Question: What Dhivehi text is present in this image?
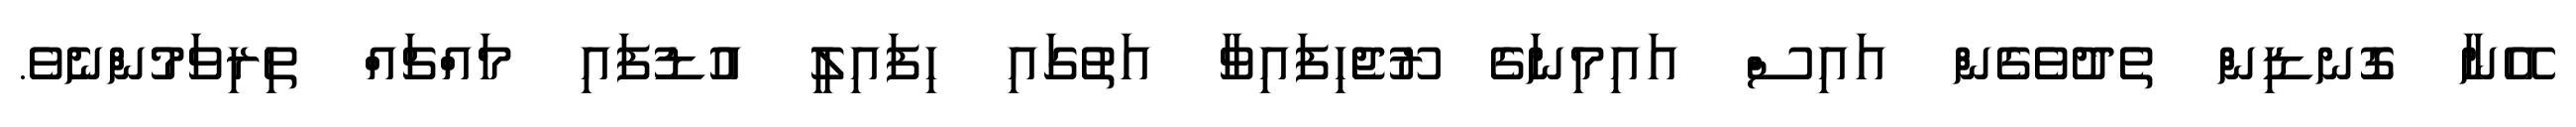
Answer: އޭނާ ގޮނޑިން ތެދުވެގެން އައިސް އައިމިނަގެ ރޫޖެހިފައިވާ އަތުގައި ހިފައިލީ އުޑުފައި މައްޗައް ތިރިވަމުންނެވެ.